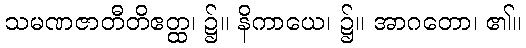
သမဏဇာတီတိဧတ္ထ၊ ၌။ နိကာယေ၊ ၌။ အာဂတော၊ ၏။